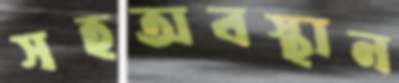
সহঅবস্থান